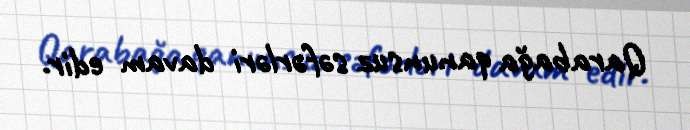
Qarabağa qanunsuz səfərləri davam edir.